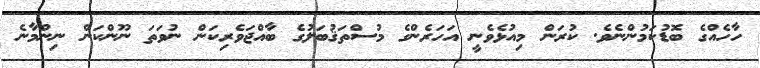
ހާހެއްގެ ބޮޑުކަމުންނެވެ. ކުރަން މިއުޅެވެނީ އަހަރެންގެ މުސްތަޤުބަލުގެ ބާއްޖަވެރިކަން ނުވަތަ ނޫންކަން ނިންމާނެ